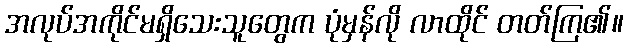
အလုပ်အကိုင်မရှိသေးသူတွေက ပုံမှန်လို လာထိုင် တတ်ကြ၏။